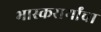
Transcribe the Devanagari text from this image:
भास्करार्यांचा